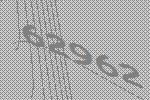
62962